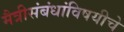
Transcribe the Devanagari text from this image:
मैत्रीसंबंधांविषयीचे